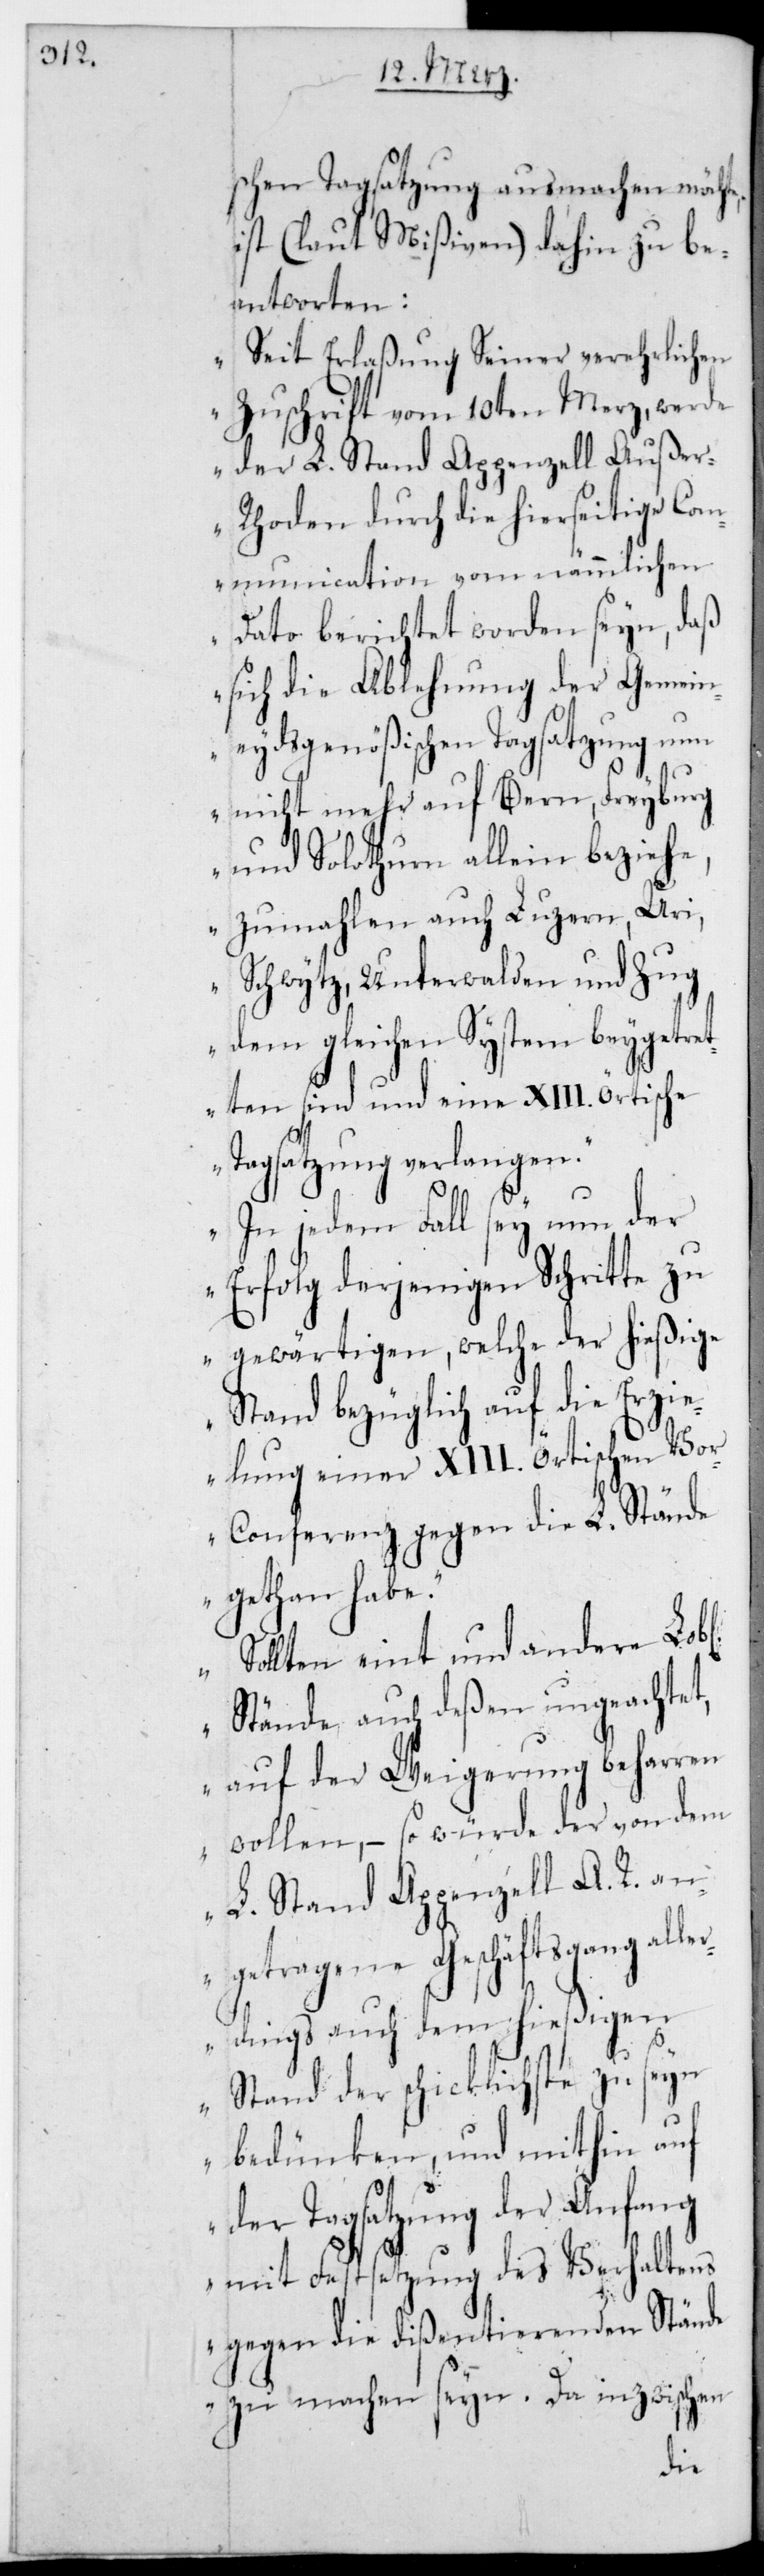
schen Tagsatzung ausmachen möchte,
ist (laut Mißiven) dahin zu be¬
antworten:
„Seit Erlaßung Seiner verehrlichen
Zuschrift vom 10ten Merz, werde
der L. Stand Appenzell Auße¬
r-Rhoden durch die hierseitige Com¬
munication vom nämmlichen
Dato berichtet worden seyn, daß
sich die Ablehnung der gemein¬
eydsgenößischen Tagsatzung nun
nicht mehr auf Bern, Freyburg
und Solothurn allein beziehe,
zumahlen auch Luzern, Uri,
Schwytz, Unterwalden und Zug
dem gleichen System beygetret¬
ten sind und eine XIII. örtische
Tagsatzung verlangen.
In jedem Fall sey nun der
Erfolg derjenigen Schritte zu
gewärtigen, welche der hießige
Stand bezüglich auf die Erzi¬
elung einer XIII. örtischen Vo¬
r-Conferenz gegen die L. Stände
gethan habe.
Sollten eint und andere Lobl.
Stände auch deßen ungeachtet,
auf der Weigerung beharren
wollen, – so würde der von dem
L. Stand Appenzell A. R. an¬
getragene Geschäftsgang al¬
lerdings auch dem hießigen
Stand der Schicklichste zu seyn
bedünken, und mithin auf
der Tagsatzung der Anfang
mit Festsetzung des Verhaltens
gegen die dißentierenden Stände
zu machen seyn. Da inzwischen